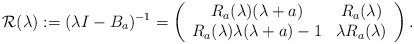
\begin{align*}\mathcal{R}(\lambda ):=(\lambda I- B_a)^{-1}=\left( \begin{array}{cc} R_a(\lambda )(\lambda +a) & R_a(\lambda ) \\ R_a(\lambda)\lambda(\lambda +a)-1 & \lambda R_a(\lambda )\end{array}\right) .\end{align*}